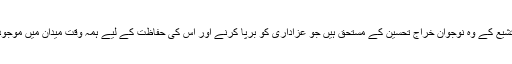
ملت تشیع کے وہ نوجوان خراج تحسین کے مستحق ہیں جو عزاداری کو برپا کرنے اور اس کی حفاظت کے لیے ہمہ وقت میدان میں موجود ہیں۔